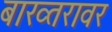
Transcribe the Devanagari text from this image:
बाख्तरावर